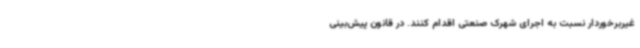
غیربرخوردار نسبت به اجرای شهرک صنعتی اقدام کنند. در قانون پیش‌بینی